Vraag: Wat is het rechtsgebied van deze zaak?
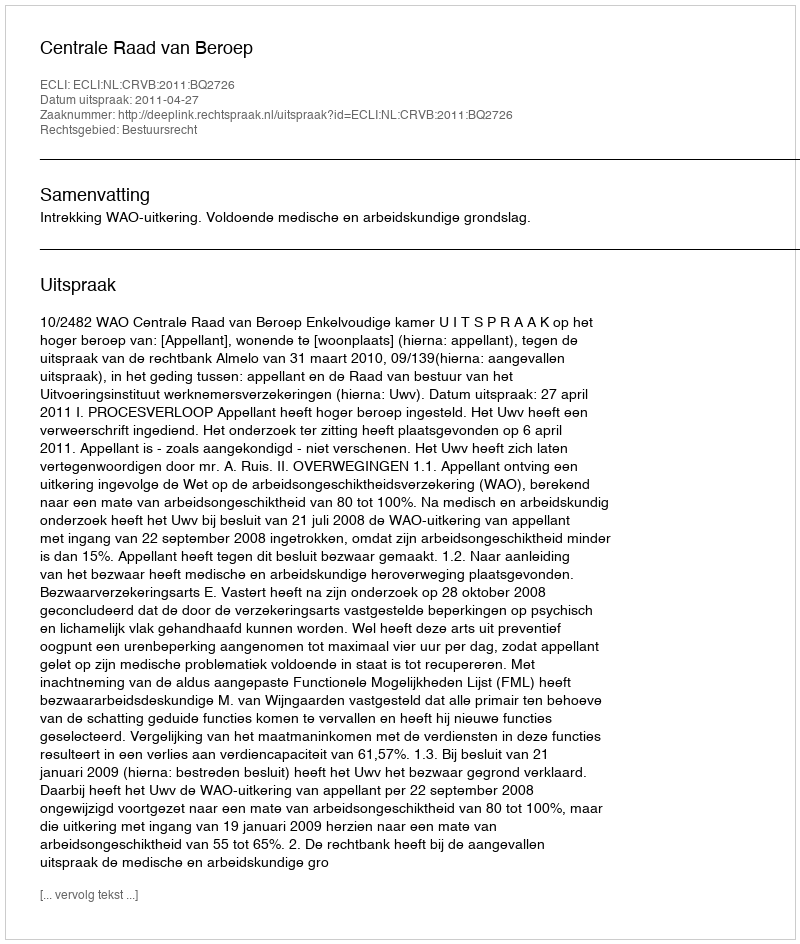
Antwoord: Bestuursrecht